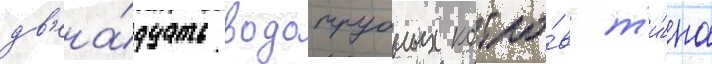
дв'ена́дцать водотрубных котло́в т'и́па